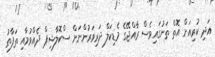
އަދި ކުރިއަށް އޮތް ތަނުގައިވެސް ރާއްޖޭގެ މެޑިކަލް ދަރިވަރުންނަށް ސްކޮލާޝިޕް ދެއްވުމާއި ތަފާތު